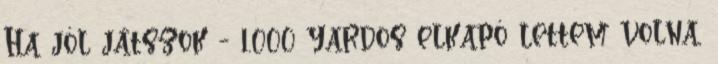
Ha jól játszok - 1.000 yardos elkapó lettem volna,